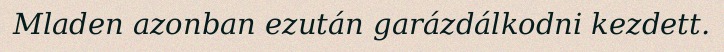
Mladen azonban ezután garázdálkodni kezdett.